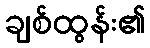
ချစ်ထွန်း၏